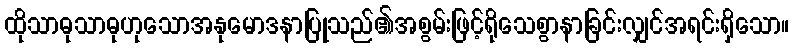
ထိုသာဓုသာဓုဟုသောအနုမောဒနာပြုသည်၏အစွမ်းဖြင့်ရိုသေစွာနာခြင်းလျှင်အရင်းရှိသော။